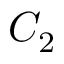
C _ { 2 }